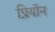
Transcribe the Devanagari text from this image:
प्रियॉन